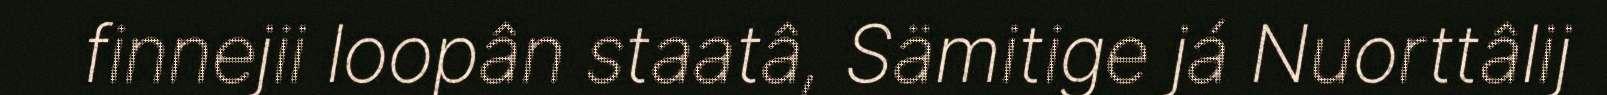
finnejii loopân staatâ, Sämitige já Nuorttâlij